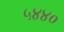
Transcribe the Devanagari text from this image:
५४४०